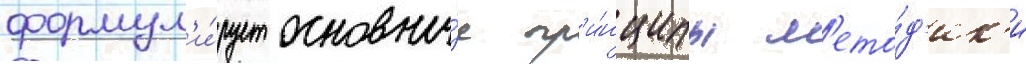
формул'и́рует основны́е пр'и́нципы м'ето́д'ик'и